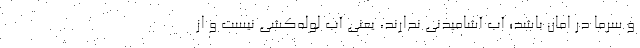
و سرما در امان باشد؛ آب آشامیدنی ندارند، یعنی آب لوله‌کشی نیست و از